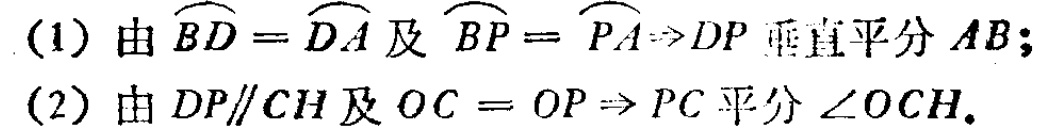
(1) 由\(\overset{\frown}{BD}=\overset{\frown}{DA}\)及\(\overset{\frown}{BP}=\overset{\frown}{PA}\Rightarrow DP\)垂直平分 \(AB\)；
(2) 由 \(DP\parallel CH\)及 \(OC = OP\Rightarrow PC\)平分\(\angle OCH\).